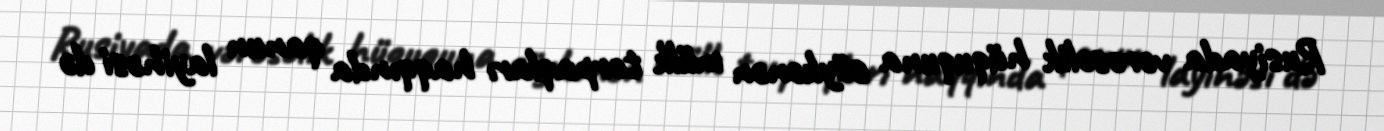
Rusiyada vərəsəlik hüququna söykənən mülk torpaqları haqqında qanun layihəsi də